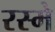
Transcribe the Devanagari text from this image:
रस्मे